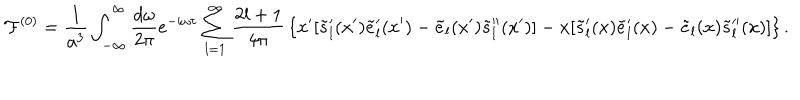
{ \cal F } ^ { ( 0 ) } = { \frac { 1 } { a ^ { 3 } } } \int _ { - \infty } ^ { \infty } { \frac { d \omega } { 2 \pi } } e ^ { - i \omega \tau } \sum _ { l = 1 } ^ { \infty } { \frac { 2 l + 1 } { 4 \pi } } \left\{ x ^ { \prime } [ \tilde { s } _ { l } ^ { \prime } ( x ^ { \prime } ) \tilde { e } _ { l } ^ { \prime } ( x ^ { \prime } ) - \tilde { e } _ { l } ( x ^ { \prime } ) \tilde { s } _ { l } ^ { \prime \prime } ( x ^ { \prime } ) ] - x [ \tilde { s } _ { l } ^ { \prime } ( x ) \tilde { e } _ { l } ^ { \prime } ( x ) - \tilde { e } _ { l } ( x ) \tilde { s } _ { l } ^ { \prime \prime } ( x ) ] \right\} .